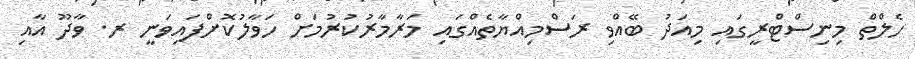
ހެލްތް މިނިސްޓްރީގައި މިއަދު ބޭއްވި ރަސްމިއްޔާތެއްގައި މަރާމާރުކުރުމަށް ހަވާލުކޮށްފައިވަނީ ރ. ވާދޫ އާއި